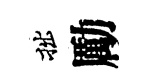
拙勵